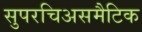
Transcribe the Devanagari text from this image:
सुपरचिअसमैटिक